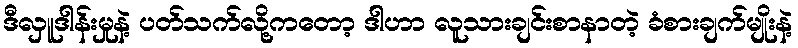
ဒီလှူဒါန်းမှုနဲ့ ပတ်သက်လို့ကတော့ ဒါဟာ လူသားချင်းစာနာတဲ့ ခံစားချက်မျိုးနဲ့